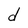
Character: d